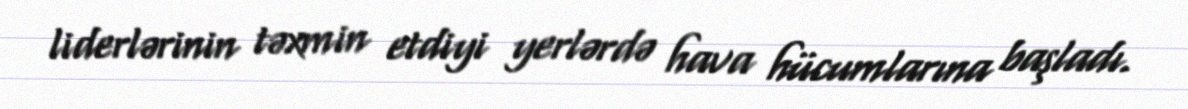
liderlərinin təxmin etdiyi yerlərdə hava hücumlarına başladı.